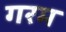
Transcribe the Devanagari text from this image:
गरम